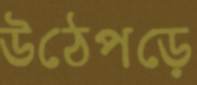
উঠেপড়ে